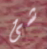
شئ